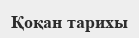
Қоқан тарихы